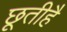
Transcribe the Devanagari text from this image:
छूतीहै